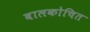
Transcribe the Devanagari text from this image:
बालकोचित